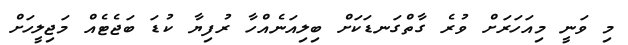
މި ވަނީ މިއަހަރަށް ވުރެ ގާތްގަނޑަކަށް ބިލިއަނެއްހާ ރުފިޔާ ކުޑަ ބަޖެޓެއް މަޖިލީހަށް